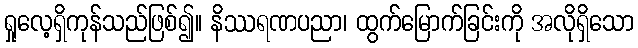
ရှုလေ့ရှိကုန်သည်ဖြစ်၍။ နိဿရဏပညာ၊ ထွက်မြောက်ခြင်းကို အလိုရှိသော